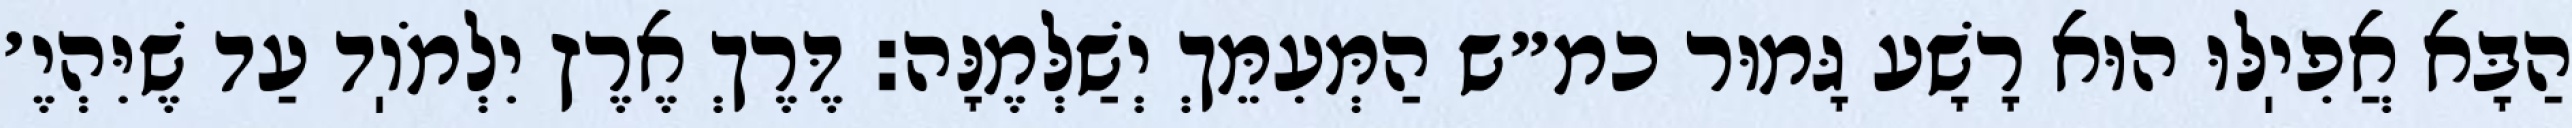
הַבָּא אֲפִיֽלּוּ הוּא רָשָׁע גָּמוּר כמ״ש הַמְּעִמֵּךְ יְשַׁלְּמֶנָּה: דֶּרֶךְ אֶרֶץ יִלְמֹוֽד עַד שֶׁיִּהְיֶ׳